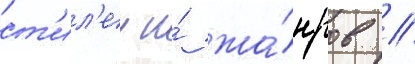
ст'ил'еи и́ жа́нров //